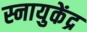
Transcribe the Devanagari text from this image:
स्नायुकेंद्र